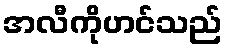
အလီကိုဟင်သည်